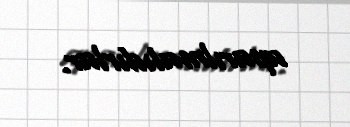
aparılmalıdırlar.